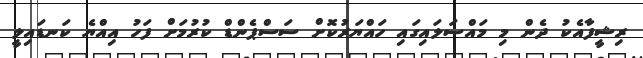
ރިޝީފާއެކު ދެން މި މައްސަލައިގައި ހައްޔަރުކޮށް ސަސްޕެންޑް ކުރުމަށް ފަހު އިއްޔެ ކަނޑައިލީ